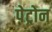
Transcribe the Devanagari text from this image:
पेट्रोन